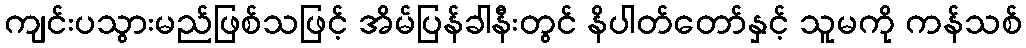
ကျင်းပသွားမည်ဖြစ်သဖြင့် အိမ်ပြန်ခါနီးတွင် နိပါတ်တော်နှင့် သူမကို ကန်သစ်